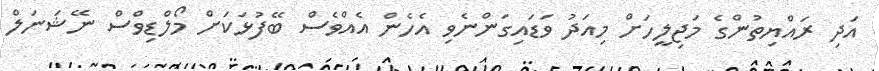
އަދި ރައްޔިތުންގެ މަޖިލީހަށް މިއަދު ވަޑައިގަންނެވި އެހެން އެއްވެސް ބޭފުޅަކަށް މޯލްޑިވްސް ނޭޝަނަލް